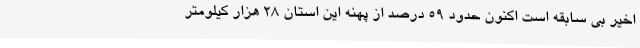
اخیر بی سابقه است اکنون حدود ۵۹ درصد از پهنه این استان ۲۸ هزار کیلومتر